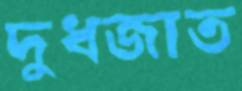
দুধজাত